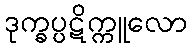
ဒုက္ခပ္ပဋိက္ကူလော